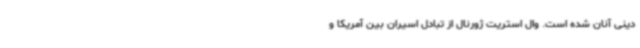
دینی آنان شده است. وال استریت ژورنال از تبادل اسیران بین آمریکا و